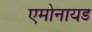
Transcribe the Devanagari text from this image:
एमोनायड